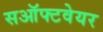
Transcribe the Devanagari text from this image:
सऑफ्टवेयर